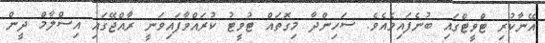
އޭނާކުރި ޓްވީޓްގައި ބުނެފައިވެއެވެ. ސަހިންދާ މިގޮތައް ޓުވީޓު ކުރައްވާފައިވަނީ ރާއްޖޭގައި އިސްލާމް ދީން